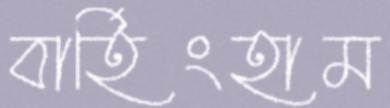
বার্হিংহাম